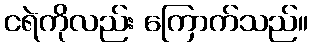
ငရဲကိုလည်း ကြောက်သည်။